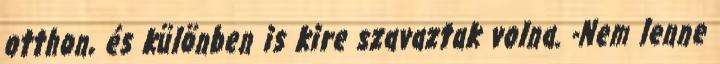
otthon, és különben is kire szavaztak volna. -Nem lenne